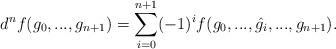
LaTeX: \begin{align*}d^n f(g_0,...,g_{n+1})=\sum_{i=0}^{n+1} (-1)^i f(g_0,...,\hat{g_i},...,g_{n+1}).\end{align*}